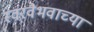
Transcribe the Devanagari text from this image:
स्वरवैभवाच्या